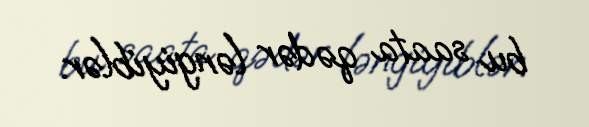
bu saata qədər ləngiyiblər.